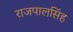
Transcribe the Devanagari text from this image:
राजपालसिंह